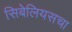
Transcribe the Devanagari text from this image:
सिबेलियसचा